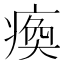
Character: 瘓